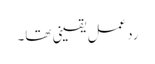
ردعمل یقینی تھا۔